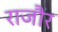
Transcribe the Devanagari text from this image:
राजौर